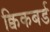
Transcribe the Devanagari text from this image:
क्विकबर्ड